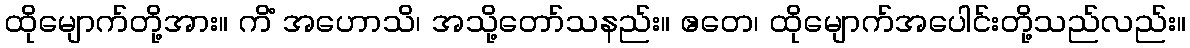
ထိုမျောက်တို့အား။ ကိံ အဟောသိ၊ အသို့တော်သနည်း။ ဧတေ၊ ထိုမျောက်အပေါင်းတို့သည်လည်း။